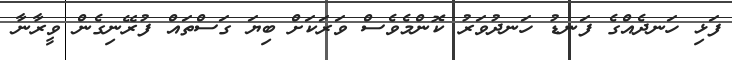
ފަޅި ހަނދެއްގެ ފަނޑު ހަނދުވަރު ކޮންމެވެސް ވަރަކަށް ބިޔަ ގަސްތައް ފުރޭނިގެން ވީރާނާ